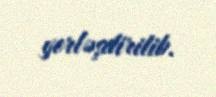
yerləşdirilib.